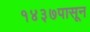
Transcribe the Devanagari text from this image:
१४३७पासून